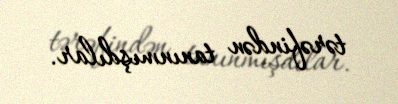
tərəfindən tanınmışdılar.